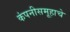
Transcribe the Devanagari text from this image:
कंपनीसमूहाचे